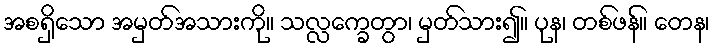
အစရှိသော အမှတ်အသားကို။ သလ္လက္ခေတွာ၊ မှတ်သား၍။ ပုန၊ တစ်ဖန်။ တေန၊